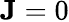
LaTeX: \mathbf{J}=0